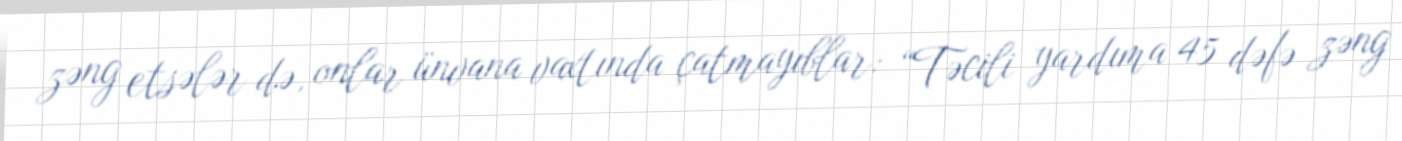
zəng etsələr də, onlar ünvana vaxtında çatmayıblar: “Təcili yardıma 45 dəfə zəng